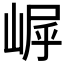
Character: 𪩀